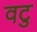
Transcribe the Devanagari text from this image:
वटु